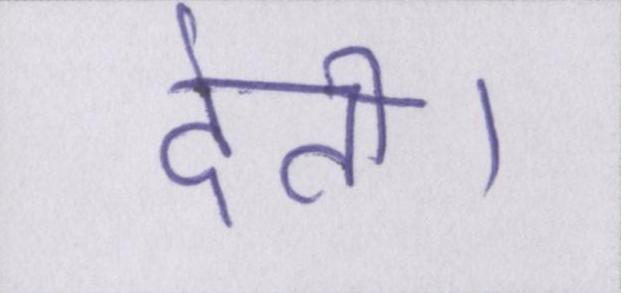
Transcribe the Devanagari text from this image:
देती।